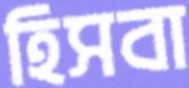
হিসবা